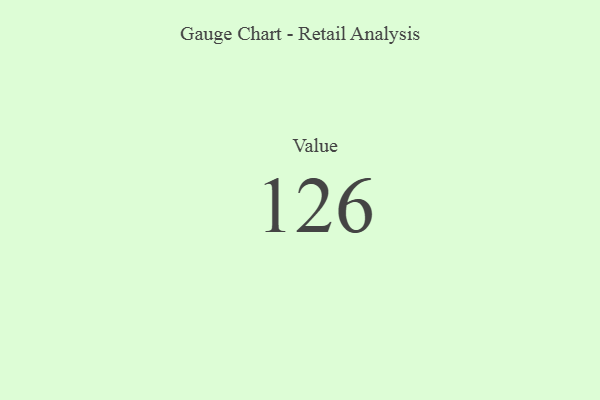
{"axis": {"x": "Metric", "y": "Value"}, "legend": [""], "data": [{"x": "Value", "y": 126, "type": ""}]}